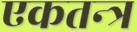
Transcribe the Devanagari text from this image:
एकतन्त्र